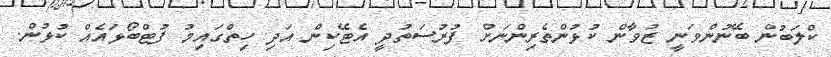
ކްލަބުން ބޭނުންވަނީ ޒުވާން ކުޅުންތެރިންނަށް ފުރުސަތުދީ އެޓޭކިން އަދި ހިތްގައިމު ފުޓްބޯޅައެއް ކުޅުން.